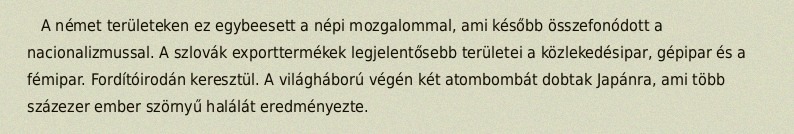
A német területeken ez egybeesett a népi mozgalommal, ami később összefonódott a nacionalizmussal. A szlovák exporttermékek legjelentősebb területei a közlekedésipar, gépipar és a fémipar. Fordítóirodán keresztül. A világháború végén két atombombát dobtak Japánra, ami több százezer ember szörnyű halálát eredményezte.